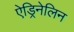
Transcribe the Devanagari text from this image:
ऐड्रिनेलिन